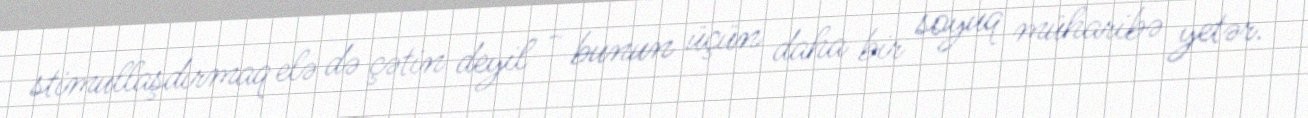
stimullaşdırmaq elə də çətin deyil - bunun üçün daha bir soyuq müharibə yetər.